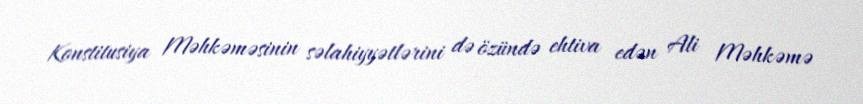
Konstitusiya Məhkəməsinin səlahiyyətlərini də özündə ehtiva edən Ali Məhkəmə